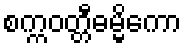
စက္ကဝတ္တီဓမ္မိကော